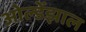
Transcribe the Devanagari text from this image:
ओल्डेंझाल